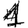
Digit: 1